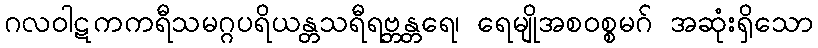
ဂလဝါဋကကရီသမဂ္ဂပရိယန္တသရီရဗ္ဘန္တရေ၊ ရေမျိုအစဝစ္စမဂ် အဆုံးရှိသော